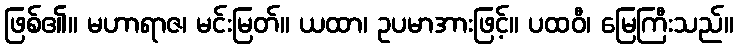
ဖြစ်၏။ မဟာရာဇ၊ မင်းမြတ်။ ယထာ၊ ဥပမာအားဖြင့်။ ပထဝီ၊ မြေကြီးသည်။